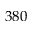
3 8 0